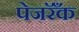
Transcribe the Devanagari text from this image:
पेजरॅँक